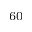
_ { 6 0 }